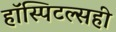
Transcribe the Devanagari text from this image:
हॉस्पिटल्सही